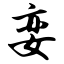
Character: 娈